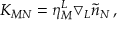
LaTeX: K _ { M N } = \eta _ { M } ^ { L } \bigtriangledown _ { L } \tilde { n } _ { N } \, ,